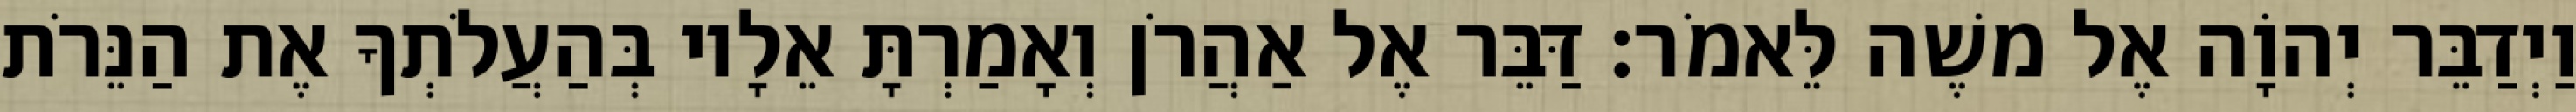
וַיְדַבֵּר יְהוָֹה אֶל משֶׁה לֵּאמֹר׃ דַּבֵּר אֶל אַהֲרֹן וְאָמַרְתָּ אֵלָיו בְּהַעֲלֹתְךָ אֶת הַנֵּרֹת